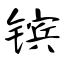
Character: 镔